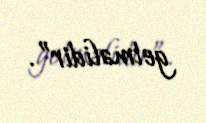
getməlidir”.